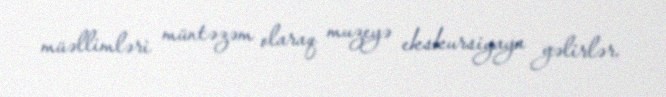
müəllimləri müntəzəm olaraq muzeyə ekskursiyaya gəlirlər.